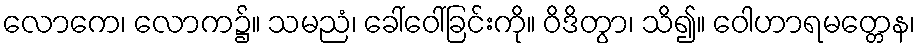
လောကေ၊ လောက၌။ သမညံ၊ ခေါ်ဝေါ်ခြင်းကို။ ဝိဒိတွာ၊ သိ၍။ ဝေါဟာရမတ္တေန၊